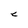
Character: C